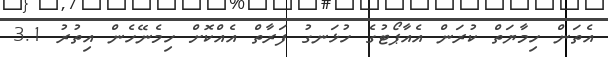
އެތަން ހިމާޔަތް ކުރަން އެއާޕޯޓުގެ ހުޅަނގު ފަރާތް އެއްކޮށް ހިމެނޭހެން އިތުރު 3.1